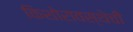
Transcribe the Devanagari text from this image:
किशोरावस्थेची